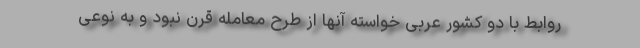
روابط با دو کشور عربی خواسته آنها از طرح معامله قرن نبود و به نوعی